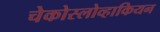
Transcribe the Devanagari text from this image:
चेकोस्लोव्हाकियन